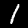
Digit: 1